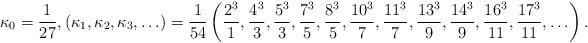
LaTeX: \begin{align*}\kappa_0=\frac{1}{27},(\kappa_1,\kappa_2,\kappa_3,\ldots)=\frac{1}{54}\left(\frac{2^3}{1},\frac{4^3}{3},\frac{5^3}{3},\frac{7^3}{5},\frac{8^3}{5},\frac{10^3}{7},\frac{11^3}{7},\frac{13^3}{9},\frac{14^3}{9},\frac{16^3}{11},\frac{17^3}{11},\ldots\right).\end{align*}